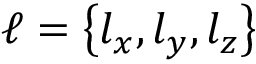
\boldsymbol { \ell } = \left\{ l _ { x } , l _ { y } , l _ { z } \right\}